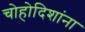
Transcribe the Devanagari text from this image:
चोहोदिशांना